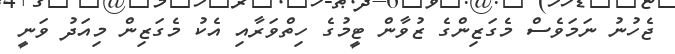
ޖެހުނު ނަމަވެސް މެގަޒިންގެ ޒުވާން ޓީމުގެ ހިތްވަރާއި އެކު މެގަޒިން މިއަދު ވަނީ